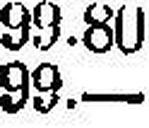
99.—